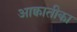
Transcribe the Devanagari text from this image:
आक्वातीका